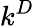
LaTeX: k^{D}